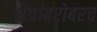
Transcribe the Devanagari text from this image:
क्षेत्रांबरोबरच